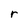
Character: r